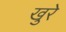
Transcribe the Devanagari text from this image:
खुरे